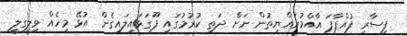
ފިސާރި ފުއްޕާފަ އާއްމުރައްޔިތުން ނަށް ދަތި ކުރުމުގައި ފޫގަޅައިލައިގެން އުޅޭ މީހެއް ވިލިގިލީ